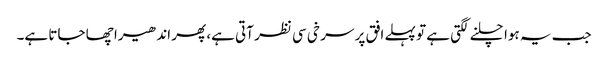
جب یہ ہوا چلنے لگتی ہے تو پہلے افق پر سر خی سی نظر آتی ہے، پھر اندھیرا چھا جاتا ہے۔